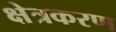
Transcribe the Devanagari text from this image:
क्षेत्रकरण